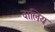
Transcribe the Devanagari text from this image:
वालिय